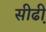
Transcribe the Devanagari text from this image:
सीढी़